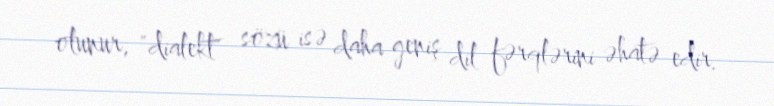
olunur, "dialekt" sözü isə daha geniş dil fərqlərini əhatə edir.